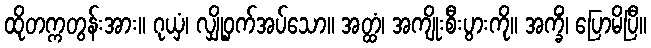
ထိုတက္ကတွန်းအား။ ဂုယှံ၊ လျှို့ဝှက်အပ်သော။ အတ္ထံ၊ အကျိုးစီးပွားကို။ အက္ခိံ၊ ပြောမိပြီ။